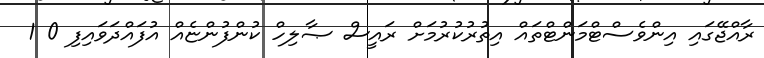
ރާއްޖޭގައި އިންވެސްޓްމަންޓްތައް އިތުރުކުރުމަށް ރައީސް ޞާލިހް ކުންފުންޏެއް އުފައްދަވައިފި 0 1